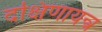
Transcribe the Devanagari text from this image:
दक्षिणायन्त्र